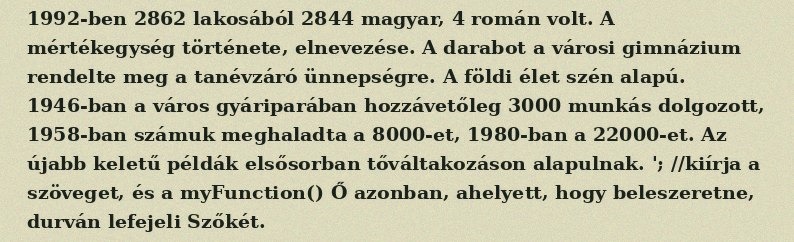
1992-ben 2862 lakosából 2844 magyar, 4 román volt. A mértékegység története, elnevezése. A darabot a városi gimnázium rendelte meg a tanévzáró ünnepségre. A földi élet szén alapú. 1946-ban a város gyáriparában hozzávetőleg 3000 munkás dolgozott, 1958-ban számuk meghaladta a 8000-et, 1980-ban a 22000-et. Az újabb keletű példák elsősorban tőváltakozáson alapulnak. '; //kiírja a szöveget, és a myFunction() Ő azonban, ahelyett, hogy beleszeretne, durván lefejeli Szőkét.